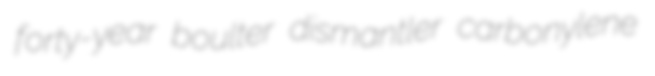
forty-year boulter dismantler carbonylene